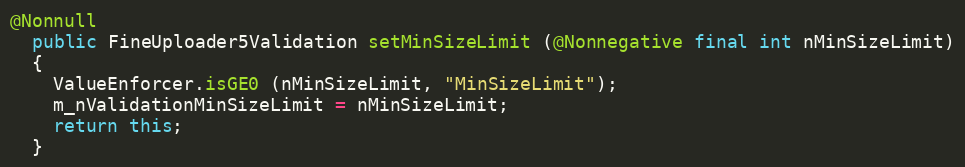
Language: Java
@Nonnull
  public FineUploader5Validation setMinSizeLimit (@Nonnegative final int nMinSizeLimit)
  {
    ValueEnforcer.isGE0 (nMinSizeLimit, "MinSizeLimit");
    m_nValidationMinSizeLimit = nMinSizeLimit;
    return this;
  }